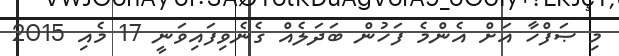
މި ޞަފްހާ އަށް އެންމެ ފަހުން ބަދަލެއް ގެނެވިފައިވަނީ 17 މެއި 2015